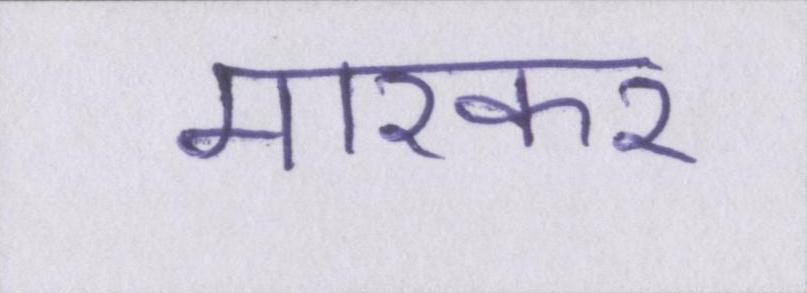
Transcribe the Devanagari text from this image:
मारकर